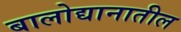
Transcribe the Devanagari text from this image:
बालोद्यानातील